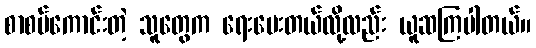
စာစပ်ကောင်းတဲ့ သူတွေက ရေးပေးတယ်လို့လည်း ယူဆကြပါတယ်။